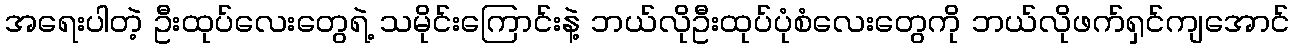
အရေးပါတဲ့ ဦးထုပ်လေးတွေရဲ့ သမိုင်းကြောင်းနဲ့ ဘယ်လိုဦးထုပ်ပုံစံလေးတွေကို ဘယ်လိုဖက်ရှင်ကျအောင်